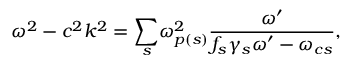
\omega ^ { 2 } - c ^ { 2 } k ^ { 2 } = \underset { s } { \sum } \omega _ { p ( s ) } ^ { 2 } \frac { \omega ^ { \prime } } { f _ { s } \gamma _ { s } \omega ^ { \prime } - \omega _ { c s } } ,